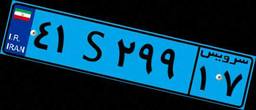
۲۸S۹۶۳۱۷